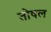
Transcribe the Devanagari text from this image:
तोषल